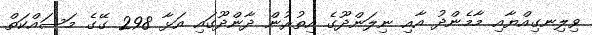
ވިލިނގިއްޔާއި މާމެންދު އާއި ނިލަންދޫގެ އިތުރުން ދާންދޫގައި އަޅާ 298 ގޭގެ މަސައްކަތް